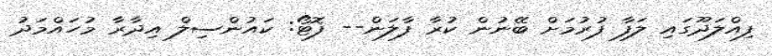
ފިއްލަދޫގައި ލަފާ ފުރުމަށް ބޭނުން ކުރާ ފާލަން-- ފޮޓޯ: ކައުންސިލް އިދާރާ މުހައްމަދު